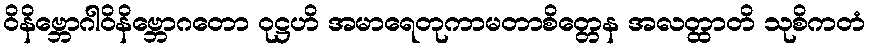
ဝိနိဗ္ဘောဂါဝိနိဗ္ဘောဂတော ဝုဋ္ဌဟိ အမာရေတုကာမတာစိတ္တေန အလတ္ထာတိ သုစိကတံ